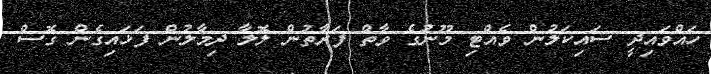
ހައްވައިދީ ސައިކަލުން ވެއްޓި މޫނުގެ ވާތް ފަރާތުން ލޮލާ ދިމާލުން ފަޅައިގެން ގޮސް